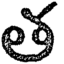
త